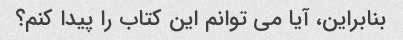
بنابراین، آیا می توانم این کتاب را پیدا کنم؟